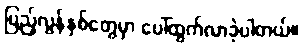
ပြည့်လွန်နှစ်တွေမှာ ပေါ်ထွက်လာခဲ့ပါတယ်။